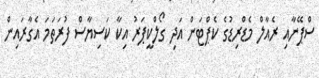
ސްޕޭނާއި ރެއާލް މެޑްރިޑުގެ ކެޕްޓަން އަދި ގޯލްކީޕަރު އިކާ ކަސިޔާސް ފުރަތަމަ އެގާރައިން